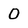
Character: O